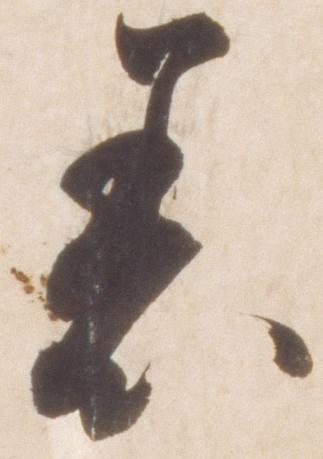
着